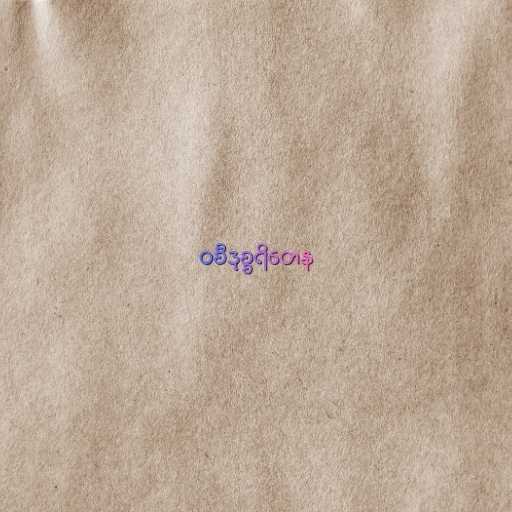
ဝစီဒုစ္စရိတေန